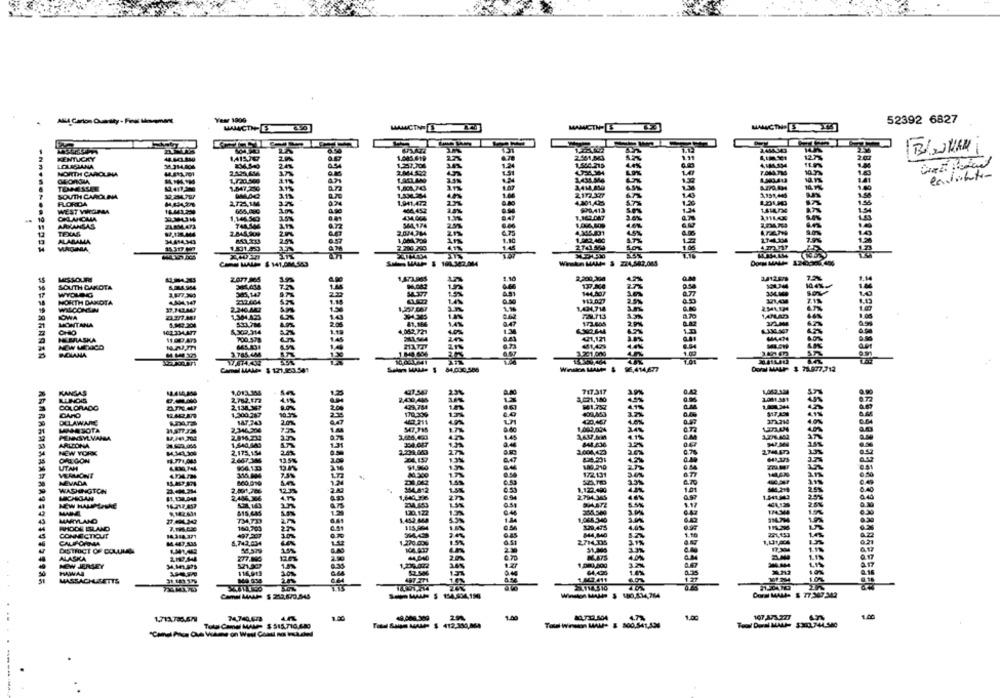
Year 1900
52392 6827
MANICTHE
KENTUCKY
LOUISIANA
NORTH CAROLINA
TOMEKSE
12.411,200
SOUTH CAROLINA
10.24787
FLORDA
WEST VIGN
ARKANSAS
TEXAS
ALABAMA
VURGUMIA
TIII
MISSOUR
SOUTH DAKOTA
NORTH DAKOTA
4894.347
WILCONLA
37.143M47
IOWA
MONTANA
CHO
CZTMATT
P& BRASKA
INCLANA
717.317
B.A
KANSAS
2-21,180
2.001.381
LUINOS
COLORADO
817,439
GARD
DELAWARE
420,467
371214
1,000,004
PENNSYLVANIA
ARLIONA
NEW YORK
1.004,473
CALGON
1.771,043
UTAH
140.210
T
172.131
NEVADA
WASHINGTON
1,123.490
MICHIGAN
2794.345
NEW HALIMASKE
MAINE
MARYLAND
1.068 340
WHODE BELAND
129.475
CONNECTICUT
844,140
CALIFORMA
ETML.DS
DISTRICT OF COLUM
51,000
ALASKA
M.ATS
NEW JERSEY
HAWAR
MASSACHUSETTS
43 411
14310
1.713.785.67
74,740.673
1.50
4.73
1.00
107 A73227
1.00
Tolos Camal MAM- $ 515.710,680
Total Donal MAL- $300.744.580